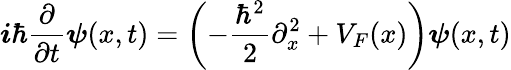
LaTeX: \boldsymbol{i}\hbar\frac{\partial}{\partial t}\boldsymbol{\psi}(x,t)=\left(-\frac{\hbar^{2}}{2}\partial_{x}^{2}+V_{F}(x)\right)\boldsymbol{\psi}(x,t)